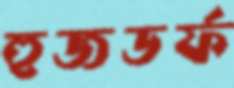
হুজডর্ফ